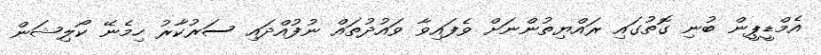
އެމްޑީޕީން ބުނި ގޮތުގައި ރައްޔިތުންނަށް ވެފައިވާ ވައުދުތައް ނުފުއްދައި ސަރުކާރު ހިމެނޭ ކޯލިޝަން